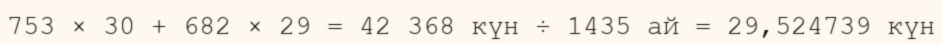
753 × 30 + 682 × 29 = 42 368 күн ÷ 1435 ай = 29,524739 күн